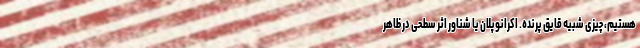
هستیم، چیزی شبیه قایق پرنده. اکرانوپلان یا شناور اثر سطحی در ظاهر